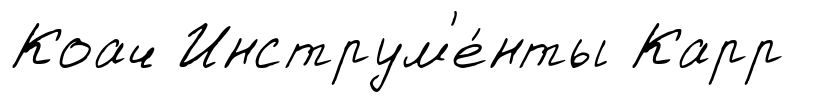
Коач Инструм'е́нты Карр